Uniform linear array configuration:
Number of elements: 4
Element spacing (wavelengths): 1
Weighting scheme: uniform
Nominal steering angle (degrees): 30
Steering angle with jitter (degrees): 29.562
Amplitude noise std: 0.05
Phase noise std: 0.05

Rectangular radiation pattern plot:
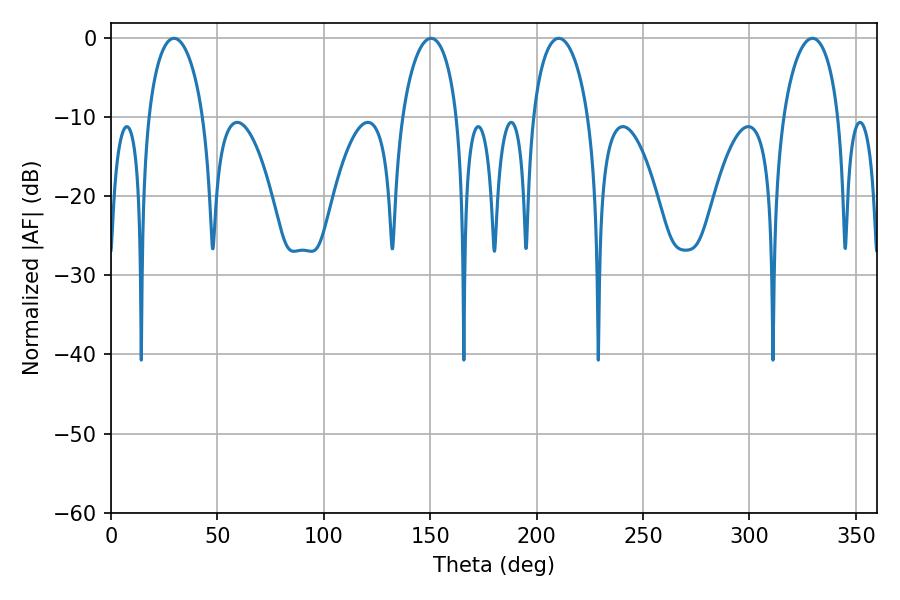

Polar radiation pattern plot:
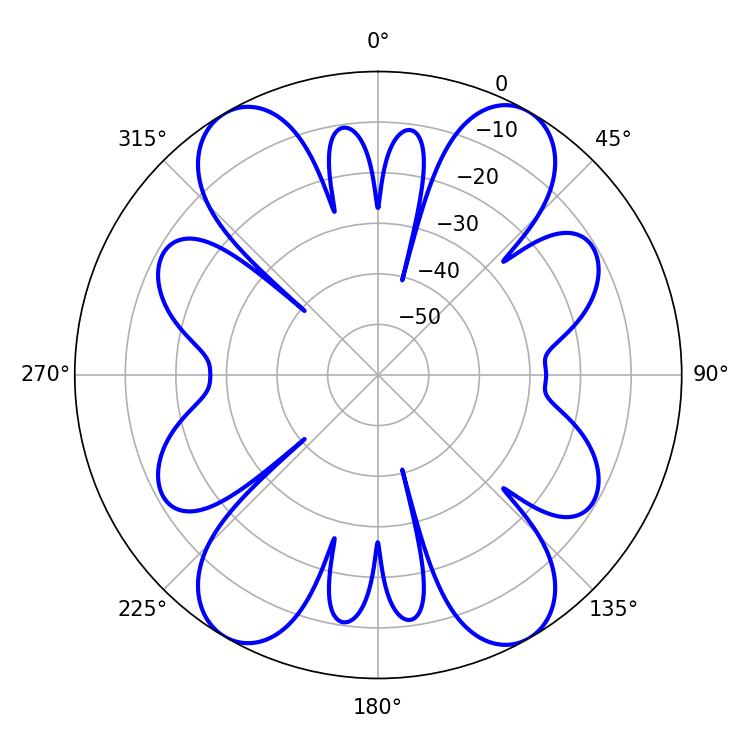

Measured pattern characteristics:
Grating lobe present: TRUE
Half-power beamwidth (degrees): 14.94
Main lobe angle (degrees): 210.42